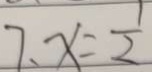
7 . x = \frac { 1 } { 2 }